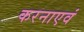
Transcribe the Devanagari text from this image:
करनाएवं